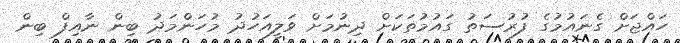
ހައްޖަށް ގެނައުމުގެ ފުރުސަތު ގައުމުތަކަށް ދިނުމަށް ވަލީއަހުދު މުހަންމަދު ބިން ނާއިފް ބިން